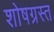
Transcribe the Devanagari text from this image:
शोषग्रस्‍त